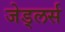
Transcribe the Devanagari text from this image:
जेड्लर्स